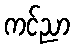
ကင်ညာ